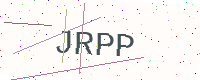
Text: JRPP